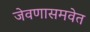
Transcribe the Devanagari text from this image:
जेवणासमवेत